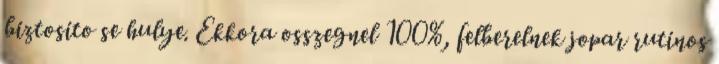
biztosito se hulye. Ekkora osszegnel 100%, felberelnek jopar rutinos